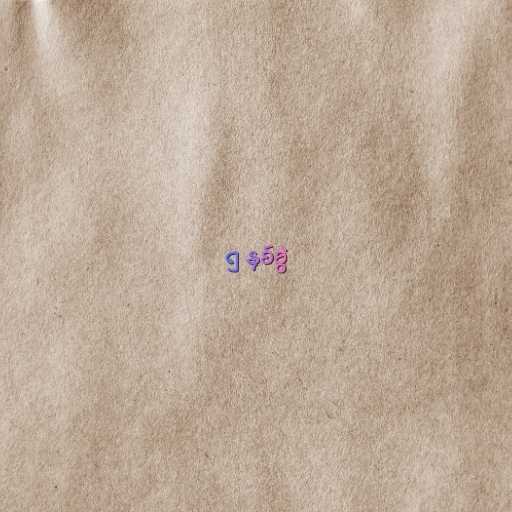
၅ နှစ်ခွဲ